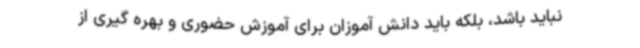
نباید باشد، بلکه باید دانش آموزان برای آموزش حضوری و بهره گیری از